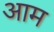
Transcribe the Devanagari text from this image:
अाम